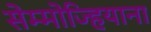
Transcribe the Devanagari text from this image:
सेम्मोज्हियाना